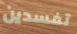
تفسدين